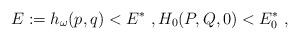
LaTeX: \begin{align*}E:=h_{\omega}(p,q)<E^*\ ,H_0(P,Q,0)<E_0^*\ ,\end{align*}